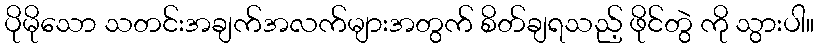
ပိုမိုသော သတင်းအချက်အလက်များအတွက် စိတ်ချရသည့် ဖိုင်တွဲ ကို သွားပါ။